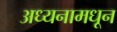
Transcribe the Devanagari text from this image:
अध्यनामधून